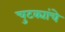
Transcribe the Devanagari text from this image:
चुटक्यांचे